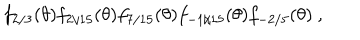
f _ { 2 / 3 } ( \theta ) f _ { 2 / 1 5 } ( \theta ) f _ { 7 / 1 5 } ( \theta ) f _ { - 1 / 1 5 } ( \theta ) f _ { - 2 / 5 } ( \theta ) \ ,